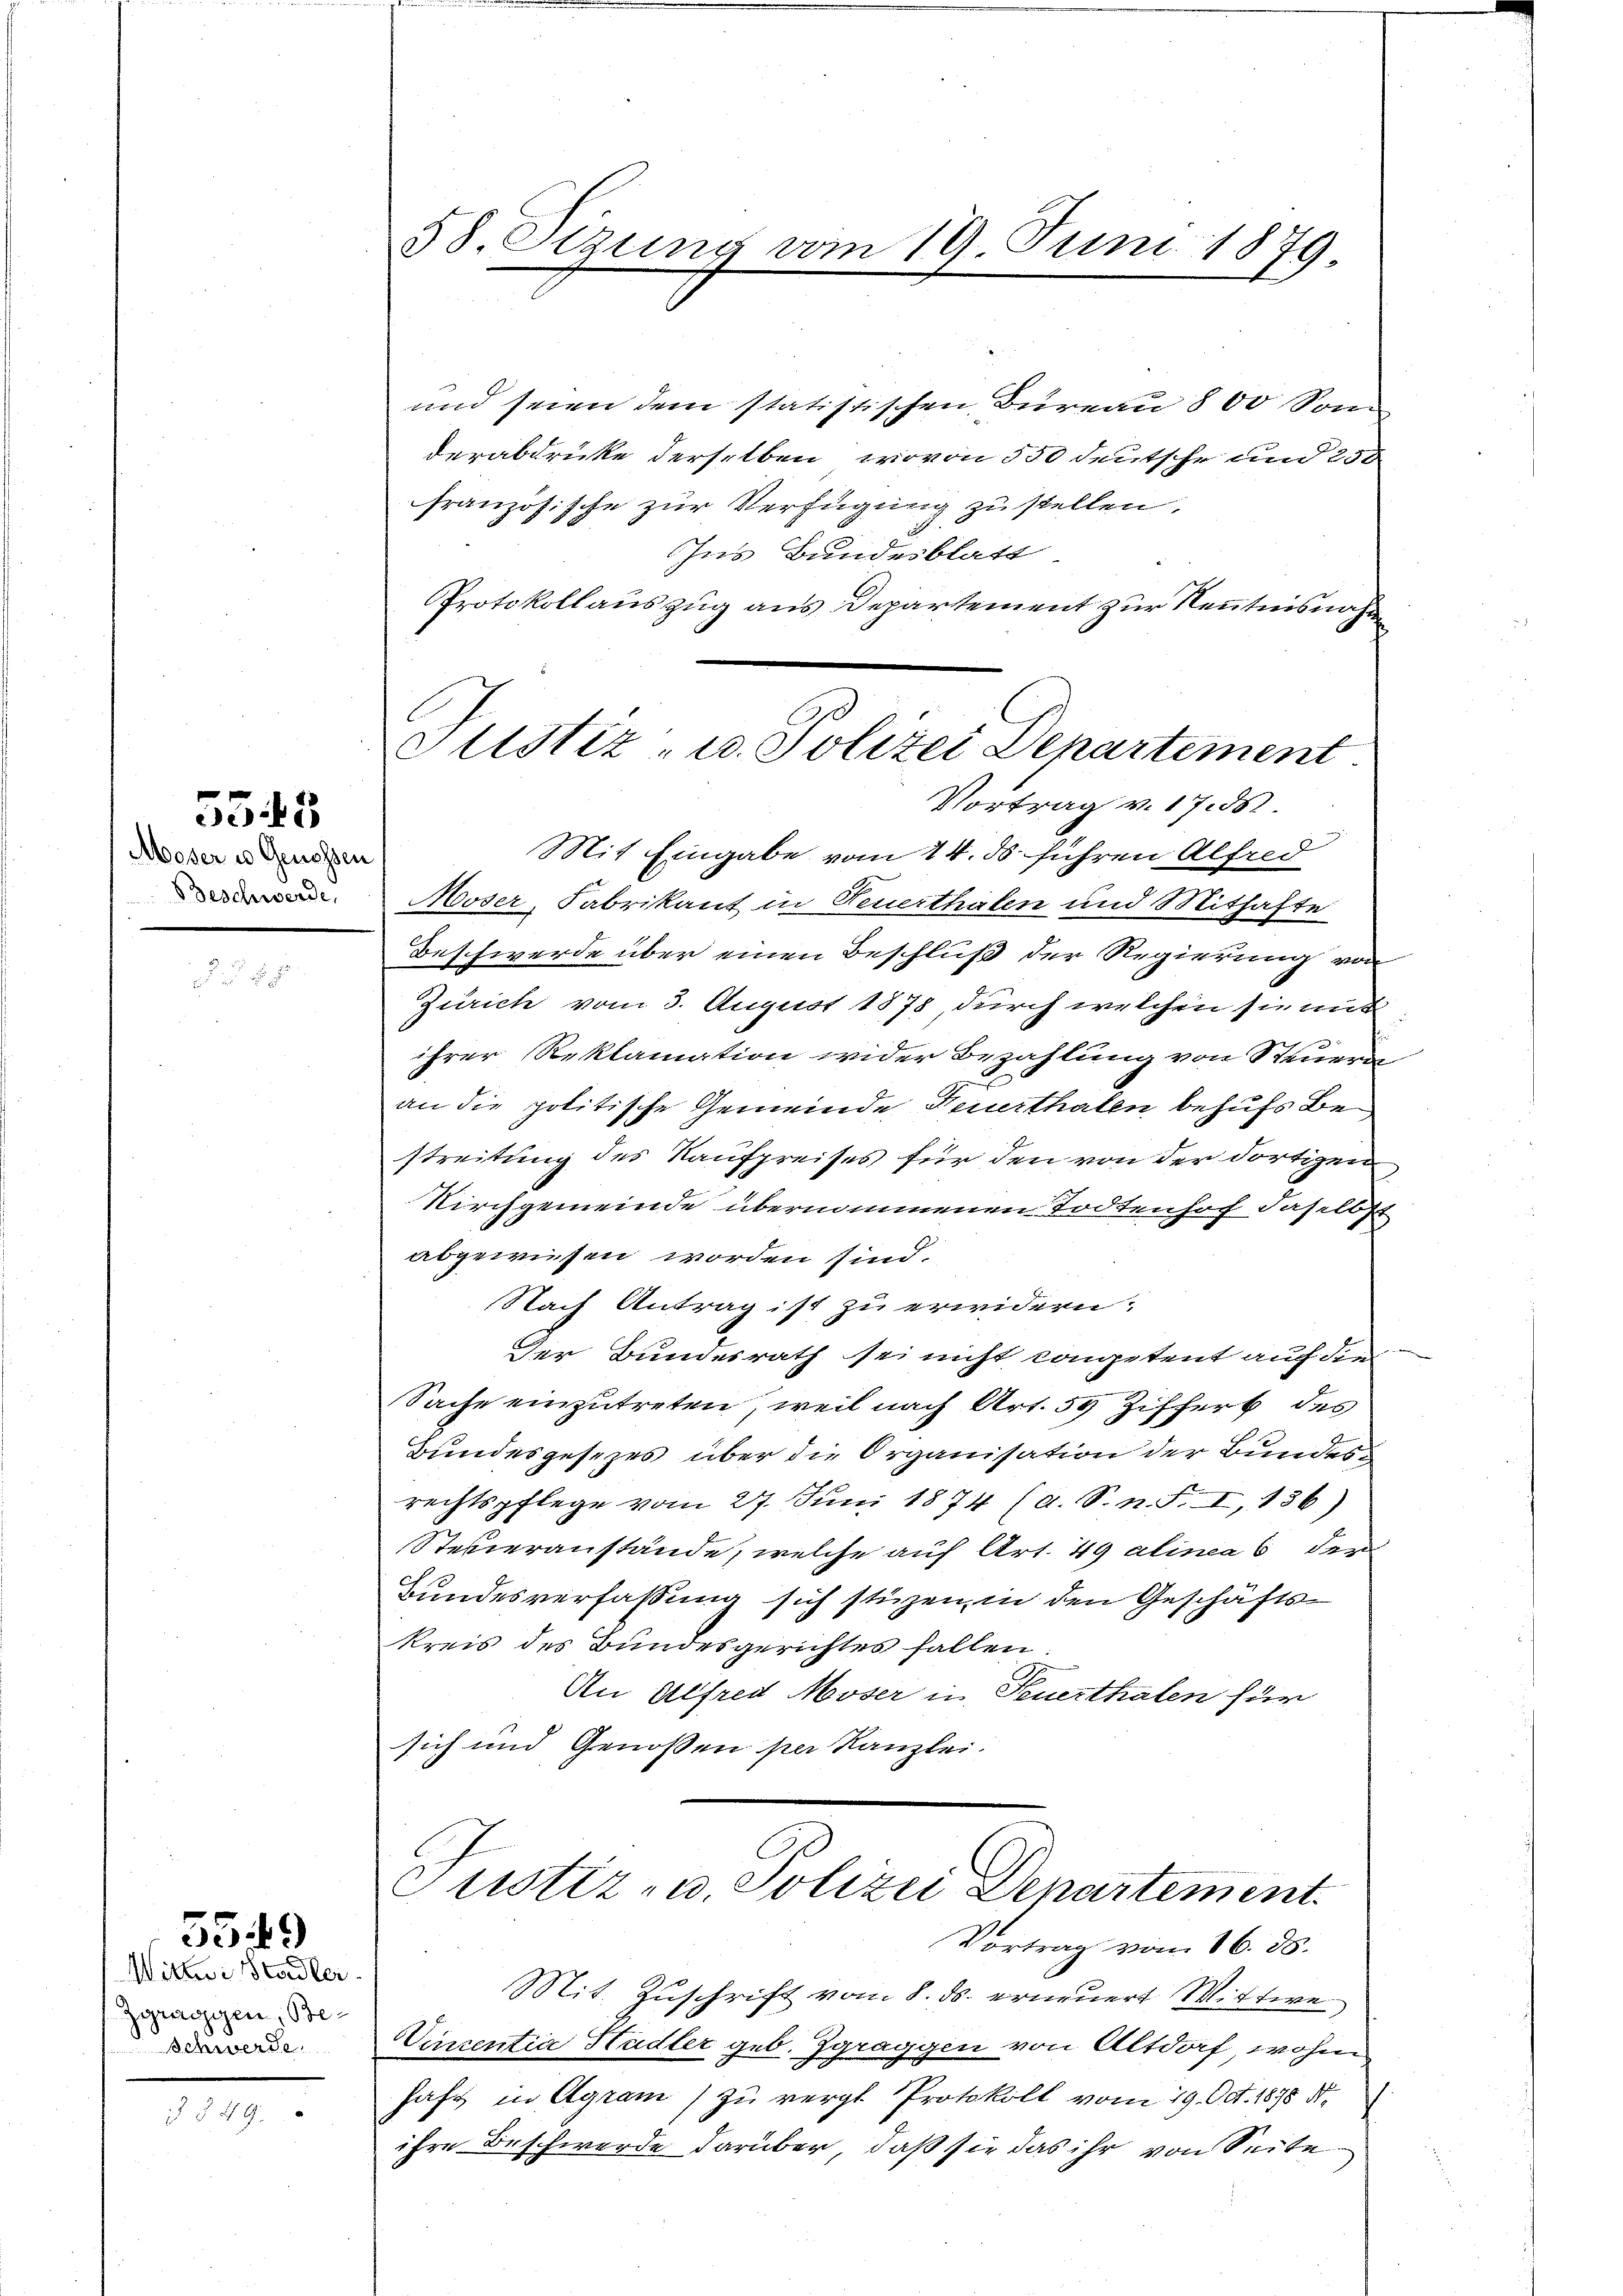
555

Moser u Genossen
Beschwerde,

559

Mittwe Stadler
Zgraggen, Be¬
Schwerde

§49.

58. Sitzung vom 19. Juni 1879

und seien dem statistischen Büreau 800 Sonn
derabdrücke derselben, wovon 550 deutsche und 250
französische zur Verfügung zu stellen.
Ihns Bundesblatt
Protokollauszug aus Departement zur Kenntnisnahm
Mit Eingabe vom 24. ds. führen Alfred
Moser, Fabrikant in Feuerthalen und Mithafte
Beschwerde über einen Beschluß der Regierung von
Zürich vom 3. August 1878, durch welchen sie mit
ihrer Reklamation wider Bezahlung von Steuer-
an die politische Gemeinde Feuerthaten behufs Bestreitung des Kaufpreises für den von der dortigen
Kirchgemeinde übernommenen Todtenhof daselbst
abgewiesen worden sind.
Nach Antrag ist zu erwidern:
Der Bundesrath sei nicht competent auch die
Sache einzutreten, weil nach Art. 55 Ziffert des
Bundesgesezes über die Organisation der Bundesrechtspflege vom 27. Juni 1874 (A. S. n. F. I, 136)
Steueranstände, welche auf Art. 49 alinea 6 der
Bundesverfassung sich stüzen, in den Geschäftskreis des Bundesgerichtes fallen.
An Alfred Moser in Feuerthalen für
sich und Genossen per Kanzlei.

Astiz- u. Polizei Departement
Vortrag v. 17. d.

Justiz- u. Polizei Departement.
Vortrag vom 16. ds.

Mit Zuschrift vom 8. ds. erneuert Mittwe
Vincentia Hudler geb. Zgraggen von Altdorf wohin
haft in Agram zu vergl. Protokoll vom 19. Oct. 1895 d.
ihre Beschwerde darüber, daß sie das ihr von Seite